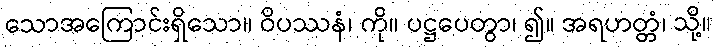
သောအကြောင်းရှိသော။ ဝိပဿနံ၊ ကို။ ပဋ္ဌပေတွာ၊ ၍။ အရဟတ္တံ၊ သို့။